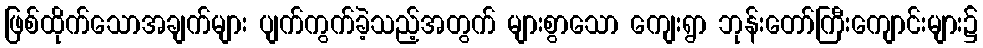
ဖြစ်ထိုက်သောအချက်များ ပျက်ကွက်ခဲ့သည့်အတွက် များစွာသော ကျေးရွာ ဘုန်းတော်ကြီးကျောင်းများ၌